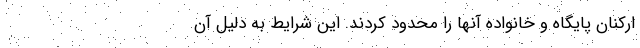
ارکنان پایگاه و خانواده آنها را محدود کردند. این شرایط به دلیل آن